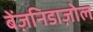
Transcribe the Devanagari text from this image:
बेंज़निडाज़ोल